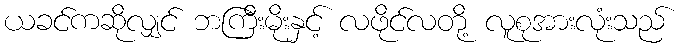
ယခင်ကဆိုလျှင် ဘကြီးမိုးနှင့် လဖိုင်လတို့ လူစုအားလုံးသည်